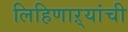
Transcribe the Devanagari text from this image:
लिहिणाऱ्यांची